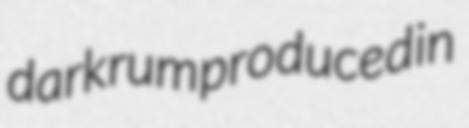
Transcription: dark rum produced in